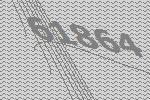
61864